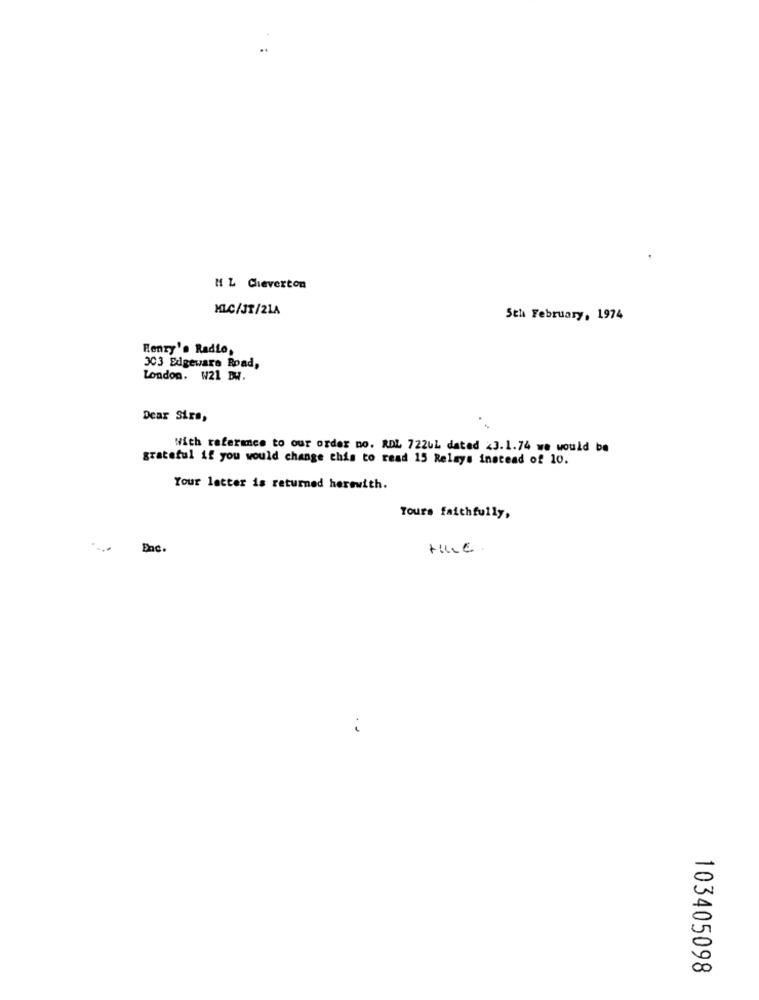
M L Chieverton
KLC/JT/21A
5th February, 1974
Henry's Radio,
303 Edgeware Road,
London. W21 BW.
Dear Sirs,
With reference to our order no. RDL 722UL dated <3.1.74 we would be
grateful if you would change this to read 15 Relays instead of 10.
Your letter is returned herewith.
Yours faithfully,
Enc.
103405098